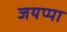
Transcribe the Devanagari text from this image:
जयप्पा